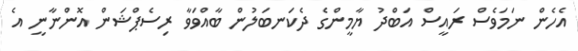
އެހެން ނަމަވެސް ރައީސް އަބްދު ޔާމީންގެ ދެކަނބަލުން ބާއްވަވާ ރިސެޕްޝަން އޮންނާނީ އެ